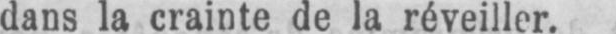
dans la crainte de la réveiller.